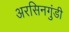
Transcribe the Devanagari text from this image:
अरसिनगुंडी